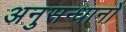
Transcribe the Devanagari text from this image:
अनुसन्धानो